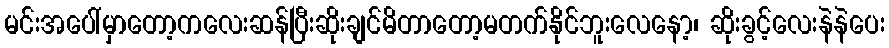
မင်းအပေါ်မှာတော့ကလေးဆန်ပြီးဆိုးချင်မိတာတော့မတက်နိုင်ဘူးလေနော့၊ ဆိုးခွင့်လေးနဲနဲပေး